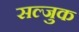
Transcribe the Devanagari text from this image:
सल्जुक